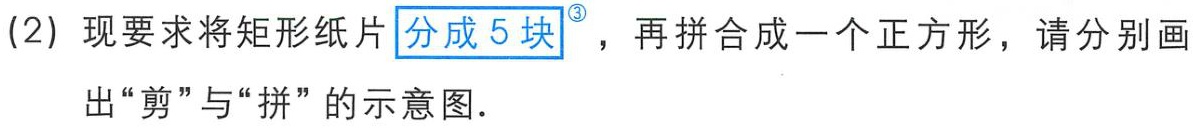
(2) 现要求将矩形纸片\(分成5块^{\circled{3}}\)，再拼合成一个正方形，请分别画出“剪”与“拼”的示意图.